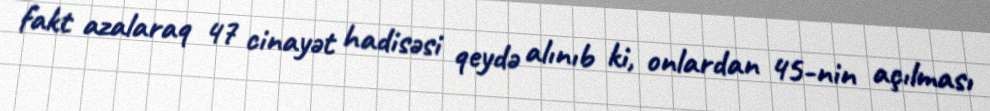
fakt azalaraq 47 cinayət hadisəsi qeydə alınıb ki, onlardan 45-nin açılması